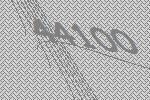
44100